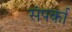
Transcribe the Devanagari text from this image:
संपर्का